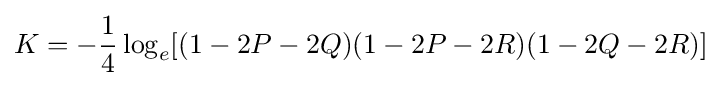
K=-{\frac {1}{4}}\log _{e}[(1-2P-2Q)(1-2P-2R)(1-2Q-2R)]